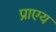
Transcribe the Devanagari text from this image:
प्राएय